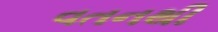
વતનથી